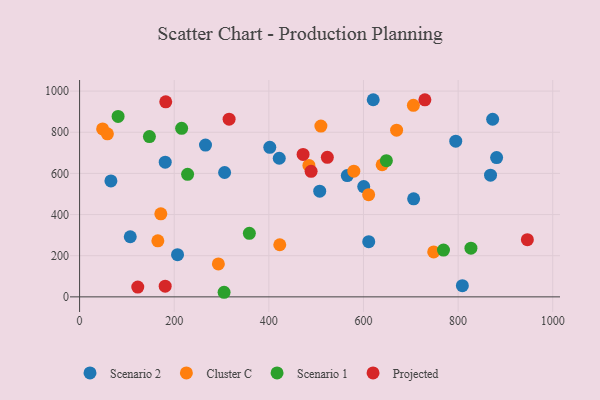
{"axis": {"x": "Speed", "y": "Sales"}, "legend": ["Cluster C", "Projected", "Scenario 1", "Scenario 2"], "data": [{"x": "706.0", "y": 476.6, "type": "Scenario 2"}, {"x": "881.4", "y": 676.9, "type": "Scenario 2"}, {"x": "66.2", "y": 563.6, "type": "Scenario 2"}, {"x": "422.0", "y": 673.6, "type": "Scenario 2"}, {"x": "266.1", "y": 737.8, "type": "Scenario 2"}, {"x": "107.1", "y": 292.1, "type": "Scenario 2"}, {"x": "565.8", "y": 589.7, "type": "Scenario 2"}, {"x": "306.5", "y": 604.4, "type": "Scenario 2"}, {"x": "600.5", "y": 535.8, "type": "Scenario 2"}, {"x": "181.0", "y": 654.7, "type": "Scenario 2"}, {"x": "809.0", "y": 54.4, "type": "Scenario 2"}, {"x": "620.6", "y": 958.1, "type": "Scenario 2"}, {"x": "207.0", "y": 205.1, "type": "Scenario 2"}, {"x": "868.5", "y": 591.4, "type": "Scenario 2"}, {"x": "611.1", "y": 268.1, "type": "Scenario 2"}, {"x": "795.0", "y": 756.7, "type": "Scenario 2"}, {"x": "402.0", "y": 726.8, "type": "Scenario 2"}, {"x": "507.5", "y": 513.8, "type": "Scenario 2"}, {"x": "873.0", "y": 863.1, "type": "Scenario 2"}, {"x": "510.0", "y": 830.0, "type": "Cluster C"}, {"x": "705.5", "y": 930.8, "type": "Cluster C"}, {"x": "484.7", "y": 638.9, "type": "Cluster C"}, {"x": "639.5", "y": 642.1, "type": "Cluster C"}, {"x": "171.7", "y": 403.8, "type": "Cluster C"}, {"x": "293.3", "y": 160.0, "type": "Cluster C"}, {"x": "165.4", "y": 272.5, "type": "Cluster C"}, {"x": "579.6", "y": 610.8, "type": "Cluster C"}, {"x": "423.1", "y": 253.2, "type": "Cluster C"}, {"x": "670.0", "y": 810.0, "type": "Cluster C"}, {"x": "610.9", "y": 496.7, "type": "Cluster C"}, {"x": "748.4", "y": 218.3, "type": "Cluster C"}, {"x": "48.7", "y": 816.2, "type": "Cluster C"}, {"x": "58.8", "y": 792.2, "type": "Cluster C"}, {"x": "827.1", "y": 236.5, "type": "Scenario 1"}, {"x": "305.4", "y": 22.3, "type": "Scenario 1"}, {"x": "215.7", "y": 819.3, "type": "Scenario 1"}, {"x": "358.8", "y": 308.8, "type": "Scenario 1"}, {"x": "648.4", "y": 661.8, "type": "Scenario 1"}, {"x": "769.1", "y": 227.6, "type": "Scenario 1"}, {"x": "228.3", "y": 595.7, "type": "Scenario 1"}, {"x": "147.6", "y": 778.9, "type": "Scenario 1"}, {"x": "81.4", "y": 877.0, "type": "Scenario 1"}, {"x": "523.6", "y": 678.3, "type": "Projected"}, {"x": "182.1", "y": 947.9, "type": "Projected"}, {"x": "489.3", "y": 610.0, "type": "Projected"}, {"x": "316.0", "y": 863.8, "type": "Projected"}, {"x": "946.4", "y": 278.0, "type": "Projected"}, {"x": "729.8", "y": 957.8, "type": "Projected"}, {"x": "472.4", "y": 692.1, "type": "Projected"}, {"x": "180.9", "y": 51.8, "type": "Projected"}, {"x": "123.0", "y": 47.6, "type": "Projected"}]}